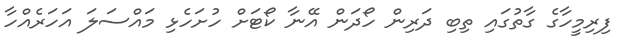
ފިރިމީހާގެ ގާތުގައި ތިބި ދަރިން ހޯދަން އޭނާ ކޯޓަށް ހުށަހެޅި މައްސަލަ އަހަރެއްހާ